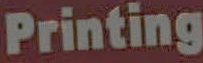
Printing